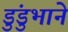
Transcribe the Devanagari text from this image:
डुंडुभाने